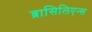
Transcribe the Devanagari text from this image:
ब्रासिलिएन्स